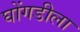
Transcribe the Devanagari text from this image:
घोंगडीला